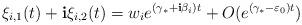
LaTeX: \begin{align*}\xi_{i,1}(t)+\mathbf{i}\xi_{i,2}(t)= w_i e^{(\gamma_*+\mathbf{i}\beta_i)t}+O(e^{(\gamma_*-\varepsilon_0)t})\end{align*}